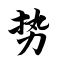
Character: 势